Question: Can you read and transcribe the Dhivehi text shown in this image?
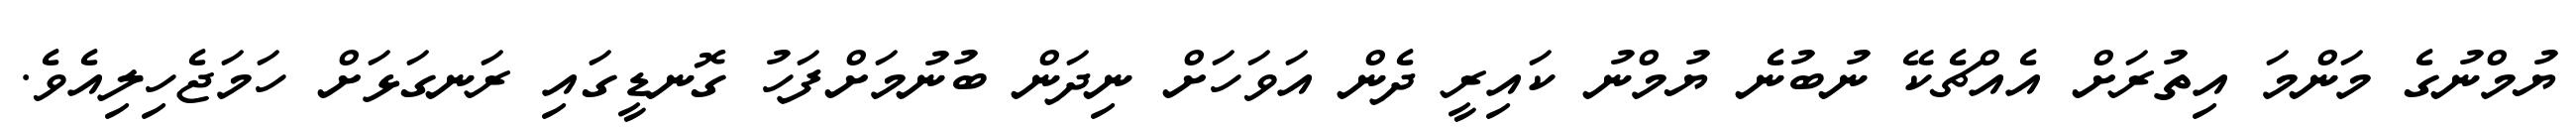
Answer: ޔުމްނުގެ މަންމަ އިތުރަށް އެއްޗެކޭ ނުބުނެ ޔުމްނު ކައިރީ ދެން އަވަހަށް ނިދަން ބުނުމަށްފަހު ގޮނޑީގައި ރަނގަޅަށް ހަމަޖެހިލިއެވެ.